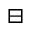
\boxminus